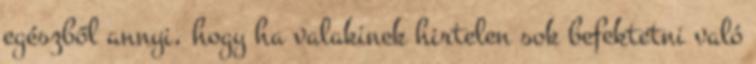
egészből annyi, hogy ha valakinek hirtelen sok befektetni való